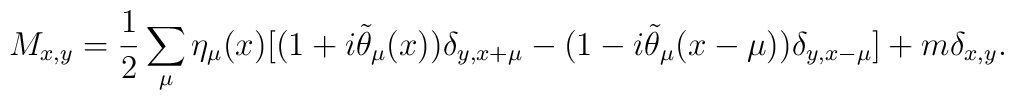
M_{x,y}=\frac{1}{2}\sum_{\mu}\eta_{\mu}(x)[(1+i\tilde{\theta}_{\mu}(x))\delta_{y,x+\mu} -(1-i\tilde{\theta}_{\mu}(x-\mu))\delta_{y,x-\mu}]+m\delta_{x,y}.